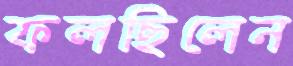
ফলছিলেন